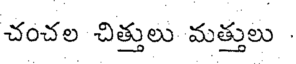
చంచల చిత్తులు మత్తులు